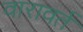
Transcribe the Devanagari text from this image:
वारावर्त